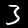
Label: 3